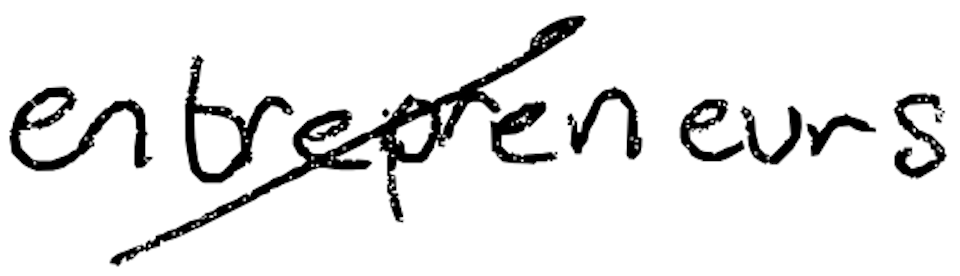
Text: entrepreneurs
Cross-out: diagonal
Writing tool: digital_black